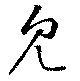
見